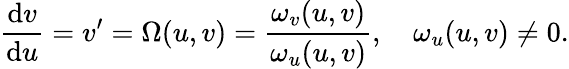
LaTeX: \frac{\mathrm{d}v}{\mathrm{d}u}=v^{\prime}=\Omega(u,v)=\frac{\omega_{v}(u,v)}{\omega_{u}(u,v)},\quad\omega_{u}(u,v)\neq 0.